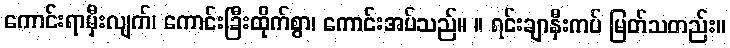
ကောင်းရာမှီးလျက်၊ ကောင်းခြီးထိုက်စွာ၊ ကောင်းအပ်သည်။ ။ ရင်းချာနှီးကပ် မြတ်သတည်း။